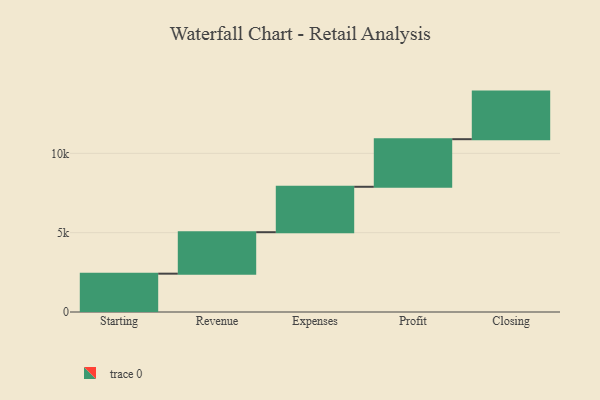
{"axis": {"x": "Step", "y": "Value"}, "legend": [""], "data": [{"x": "Starting", "y": 2416.0, "type": ""}, {"x": "Revenue", "y": 2614.0, "type": ""}, {"x": "Expenses", "y": 2863.0, "type": ""}, {"x": "Profit", "y": 3000, "type": ""}, {"x": "Closing", "y": 3000, "type": ""}]}